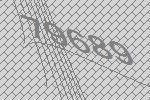
79689